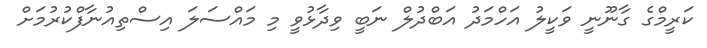
ކަރީމްގެ ގާނޫނީ ވަކީލު އަހްމަދު އަބްދުލް ނަބީ ވިދާޅުވީ މި މައްސަލަ އިސްތިއުނާފްކުރުމަށް